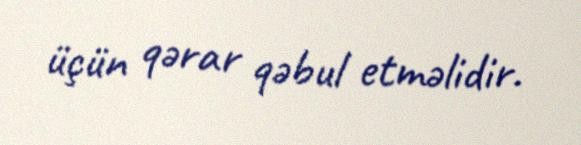
üçün qərar qəbul etməlidir.